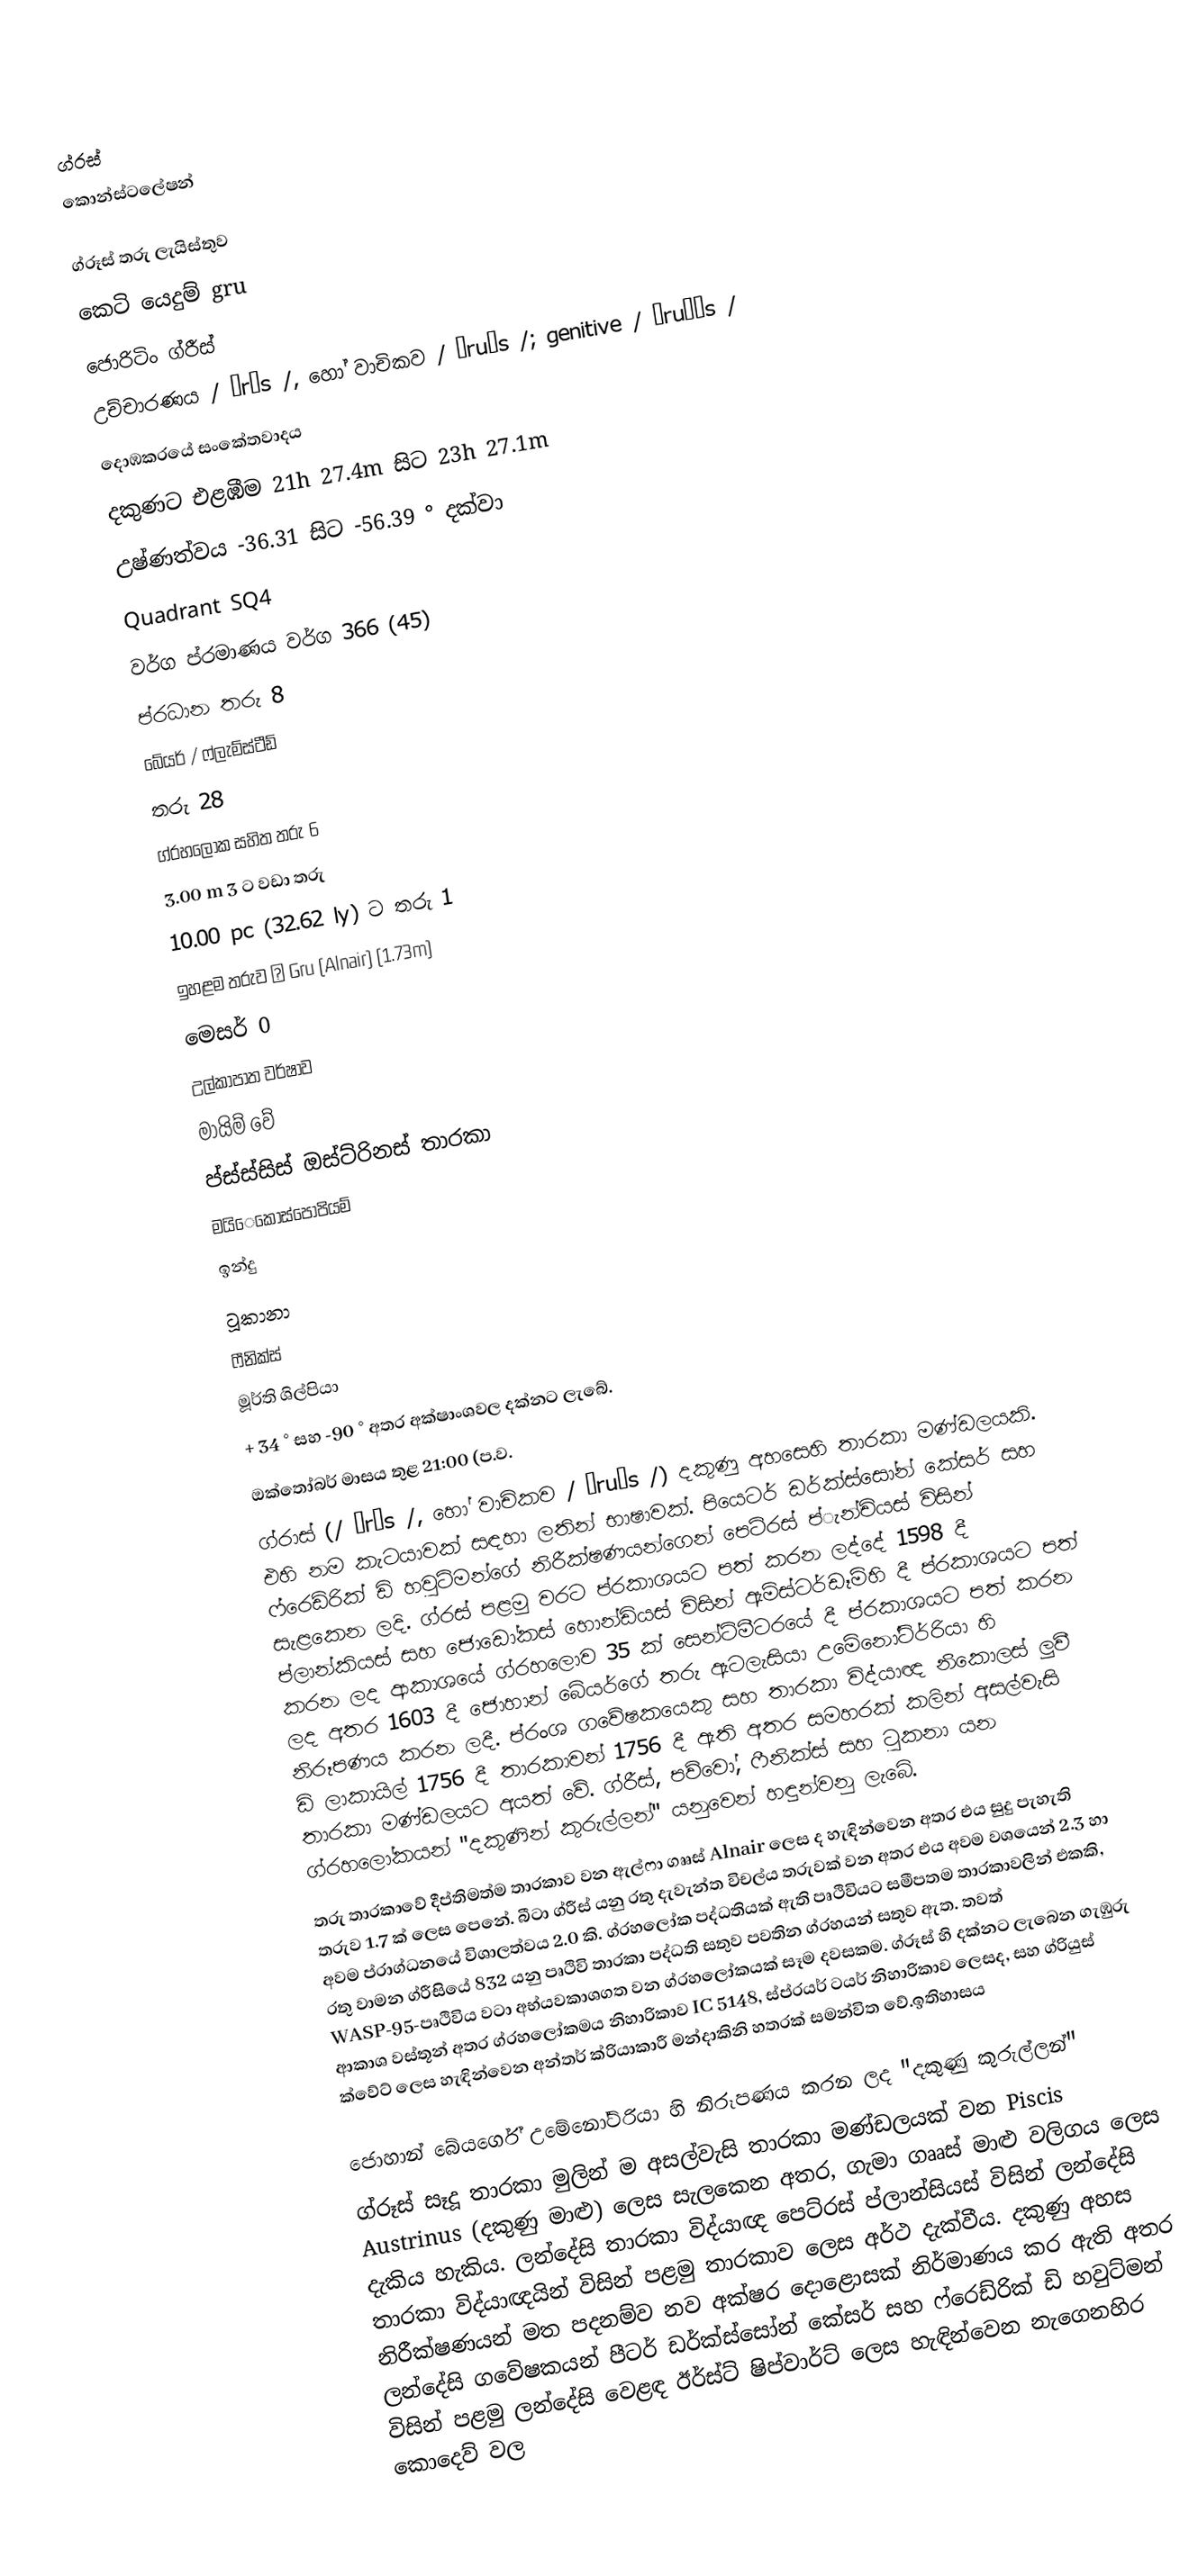
ග්රස්
කොන්ස්ටලේෂන්

ග්රූස් තරු ලැයිස්තුව
කෙටි යෙදුම් gru
ජොරිටිං ග්රීස්
උච්චාරණය / ɡrʌs /, හෝ වාචිකව / ɡruːs /; genitive / ɡruːɪs /
දොඹකරයේ සංකේතවාදය
දකුණට එළඹීම 21h 27.4m සිට 23h 27.1m
උෂ්ණත්වය -36.31 සිට -56.39 ° දක්වා
Quadrant SQ4
වර්ග ප්රමාණය වර්ග 366 (45)
ප්රධාන තරු 8
බේයර් / ෆ්ලැම්ස්ටීඩ්
තරු 28
ග්රහලෝක සහිත තරු 6
3.00 m 3 ට වඩා තරු
10.00 pc (32.62 ly) ට තරු 1
ඉහළම තරුව α Gru (Alnair) (1.73m)
මෙසර් 0
උල්කාපාත වර්ෂාව
මායිම් වේ
ප්ස්ස්සිස් ඔස්ට්රිනස් තාරකා
මයිෙකෝස්පෝපියම්
ඉන්දු
ටූකානා
ෆීනික්ස්
මූර්ති ශිල්පියා
+ 34 ° සහ -90 ° අතර අක්ෂාංශවල දක්නට ලැබේ.
ඔක්තෝබර් මාසය තුළ 21:00 (ප.ව.
ග්රාස් (/ ɡrʌs /, හෝ වාචිකව / ɡruːs /) දකුණු අහසෙහි තාරකා මණ්ඩලයකි. එහි නම කැටයාවක් සඳහා ලතින් භාෂාවක්. පියෙටර් ඩර්ක්ස්සෝන් කේසර් සහ ෆ්රෙඩ්රික් ඩි හවුට්මන්ගේ නිරීක්ෂණයන්ගෙන් පෙට්රස් ප්ැන්චියස් විසින් සැළකෙන ලදි. ග්රස් පළමු වරට ප්රකාශයට පත් කරන ලද්දේ 1598 දී ප්ලාන්කියස් සහ ජොඩෝකස් හොන්ඩියස් විසින් ඇම්ස්ටර්ඩෑම්හි දී ප්රකාශයට පත් කරන ලද ආකාශයේ ග්රහලොව 35 ක් සෙන්ටිමීටරයේ දී ප්රකාශයට පත් කරන ලද අතර 1603 දී ජොහාන් බේයර්ගේ තරු ඇටලැසියා උමේනෝට්ර්රියා හි නිරූපණය කරන ලදී. ප්රංශ ගවේෂකයෙකු සහ තාරකා විද්යාඥ නිකොලස් ලුවී ඩි ලාකායිල් 1756 දී තාරකාවන් 1756 දී ඇති අතර සමහරක් කලින් අසල්වැසි තාරකා මණ්ඩලයට අයත් වේ. ග්රීස්, පව්වෝ, ෆීනික්ස් සහ ටුකනා යන ග්රහලෝකයන් "දකුණින් කුරුල්ලන්" යනුවෙන් හඳුන්වනු ලැබේ.
තරු තාරකාවේ දීප්තිමත්ම තාරකාව වන ඇල්ෆා ගෲස් Alnair ලෙස ද හැඳින්වෙන අතර එය සුදු පැහැති තරුව 1.7 ක් ලෙස පෙනේ. බීටා ග්රීස් යනු රතු දැවැන්ත විචල්ය තරුවක් වන අතර එය අවම වශයෙන් 2.3 හා අවම ප්රාග්ධනයේ විශාලත්වය 2.0 කි. ග්රහලෝක පද්ධතියක් ඇති පෘථිවියට සමීපතම තාරකාවලින් එකකි, රතු වාමන ග්රීසියේ 832 යනු පෘථිවි තාරකා පද්ධති සතුව පවතින ග්රහයන් සතුව ඇත. තවත් WASP-95-පෘථිවිය වටා අභ්යවකාශගත වන ග්රහලෝකයක් සෑම දවසකම. ග්රූස් හි දක්නට ලැබෙන ගැඹුරු ආකාශ වස්තූන් අතර ග්රහලෝකමය නිහාරිකාව IC 5148, ස්ප්රයර් ටයර් නිහාරිකාව ලෙසද, සහ ග්රියුස් ක්වේට් ලෙස හැඳින්වෙන අන්තර් ක්රියාකාරී මන්දාකිනි හතරක් සමන්විත වේ.ඉතිහාසය

ජොහාන් බේයර්ගේ උමේනෝට්රියා හි නිරූපණය කරන ලද "දකුණු කුරුල්ලන්"
ග්රූස් සෑදූ තාරකා මුලින් ම අසල්වැසි තාරකා මණ්ඩලයක් වන Piscis Austrinus (දකුණු මාළු) ලෙස සැලකෙන අතර, ගැමා ගෲස් මාළු වලිගය ලෙස දැකිය හැකිය. ලන්දේසි තාරකා විද්යාඥ පෙට්රස් ප්ලාන්සියස් විසින් ලන්දේසි තාරකා විද්යාඥයින් විසින් පළමු තාරකාව ලෙස අර්ථ දැක්වීය. දකුණු අහස නිරීක්ෂණයන් මත පදනම්ව නව අක්ෂර දොළොසක් නිර්මාණය කර ඇති අතර ලන්දේසි ගවේෂකයන් පීටර් ඩර්ක්ස්සෝන් කේසර් සහ ෆ්රෙඩ්රික් ඩි හවුට්මන් විසින් පළමු ලන්දේසි වෙළඳ ඊර්ස්ට් ෂිප්වාර්ට් ලෙස හැඳින්වෙන නැගෙනහිර කොදෙව් වල